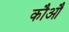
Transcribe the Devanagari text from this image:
कौऔ